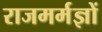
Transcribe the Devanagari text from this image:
राजमर्मज्ञों